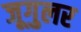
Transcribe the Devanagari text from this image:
जूगुलर